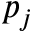
p _ { j }